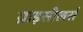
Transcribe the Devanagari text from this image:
ग्राइसीलर्स